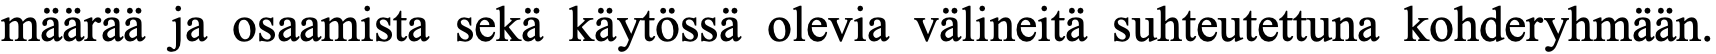
määrää ja osaamista sekä käytössä olevia välineitä suhteutettuna kohderyhmään.